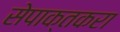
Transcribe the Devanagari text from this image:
सेपाक्तकरा